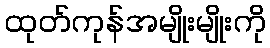
ထုတ်ကုန်အမျိုးမျိုးကို